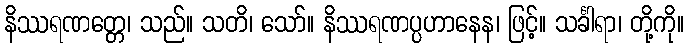
နိဿရဏတ္တေ၊ သည်။ သတိ၊ သော်။ နိဿရဏပ္ပဟာနေန၊ ဖြင့်။ သင်္ခါရာ၊ တို့ကို။